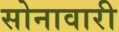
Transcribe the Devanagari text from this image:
सोनावारी